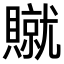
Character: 𫎢